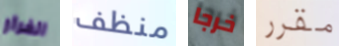
الفرار منظف خرجا مقرر